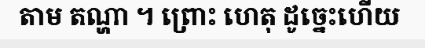
តាម តណ្ហា ។ ព្រោះ ហេតុ ដូច្នេះហើយ